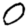
Digit: 0